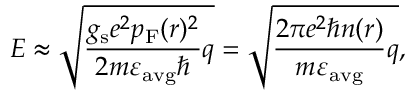
E \approx \sqrt { \frac { g _ { \mathrm { s } } e ^ { 2 } p _ { \mathrm { F } } ( r ) ^ { 2 } } { 2 m \varepsilon _ { \mathrm { a v g } } \hbar } q } = \sqrt { \frac { 2 \pi e ^ { 2 } \hbar n ( r ) } { m \varepsilon _ { \mathrm { a v g } } } q } ,